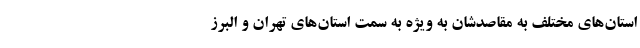
استان‌های مختلف به مقاصدشان به ویژه به سمت استان‌های تهران و البرز